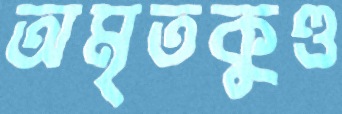
অমৃতকুণ্ড